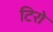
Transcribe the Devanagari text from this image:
टिरो